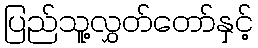
ပြည်သူ့လွှတ်တော်နှင့်